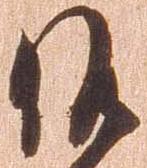
候